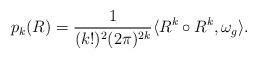
LaTeX: \begin{align*}{p}_k(R)=\frac{1}{(k!)^2(2\pi)^{2k}} \langle R^k\circ R^k,\omega_g\rangle. \end{align*}